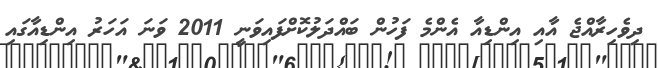
ދިވެހިރާއްޖެ އާއި އިންޑިއާ އެންމެ ފަހުން ބައްދަލުކޮށްފައިވަނީ 2011 ވަނަ އަހަރު އިންޑިއާގައި